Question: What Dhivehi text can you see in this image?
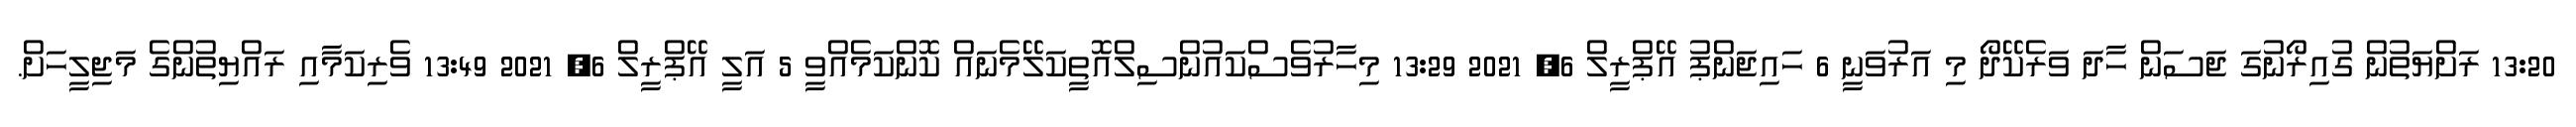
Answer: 13:20 ރަށްޔަތުން ގުއިރޯނުގަ ޖަސަން ހާދަ ވަރެކޭދޯ މި އަރުވަނީ 6 ހައިޖަންޕު އޭޕްރީލް 6, 2021 13:29 މިހާރުވެސްކައުންސިލްއޮތީކަލޭމެނައް ކޮންކަމެއްވީ 5 އަލީ އޭޕްރީލް 6, 2021 13:49 ވެރިކަމާއި ރައްޔިތުންގެ މަޖިލީހަށް.